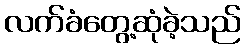
လက်ခံတွေ့ဆုံခဲ့သည်